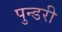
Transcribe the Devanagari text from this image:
पुन्डरी